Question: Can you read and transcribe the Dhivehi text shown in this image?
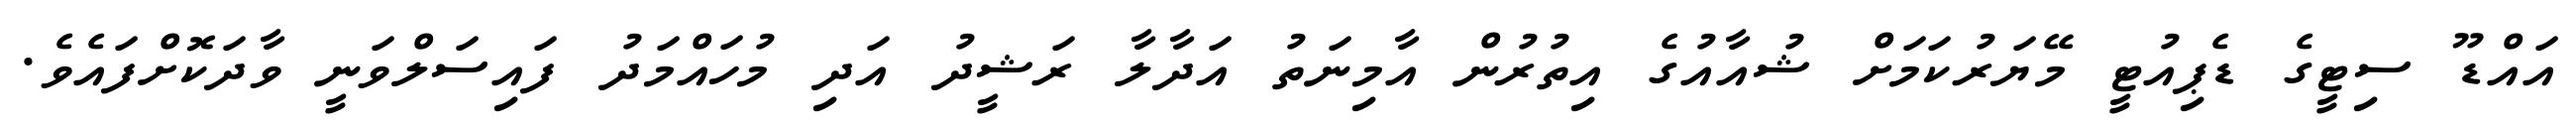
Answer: އައްޑޫ ސިޓީގެ ޑެޕިއުޓީ މޭޔަރުކަމަށް ޝުއާއުގެ އިތުރުން އާމިނަތު އަދާލާ ރަޝީދު އަދި މުހައްމަދު ފައިސަލްވަނީ ވާދަކޮށްފައެވެ.